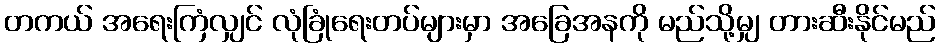
တကယ် အရေးကြံလျှင် လုံခြုံရေးတပ်များမှာ အခြေအနကို မည်သို့မျှ တားဆီးနိုင်မည်